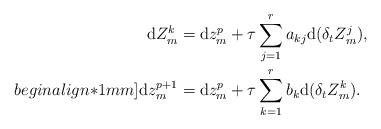
LaTeX: \begin{align*} {\rm d}Z_{m}^{k}&={\rm d}z_{m}^{p}+\tau\sum_{j=1}^{r}a_{kj}{\rm d}(\delta_tZ_{m}^{j}),\\begin{align*}1mm] {\rm d}z_{m}^{p+1}&={\rm d}z_{m}^{p}+\tau\sum_{k=1}^{r}b_{k}{\rm d}(\delta_tZ_{m}^{k}). \end{align*}